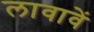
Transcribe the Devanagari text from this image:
लावावें